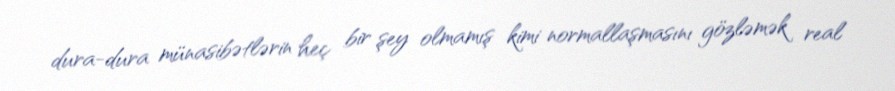
dura-dura münasibətlərin heç bir şey olmamış kimi normallaşmasını gözləmək real